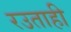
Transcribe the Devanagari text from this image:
रउताही